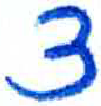
אות: ף